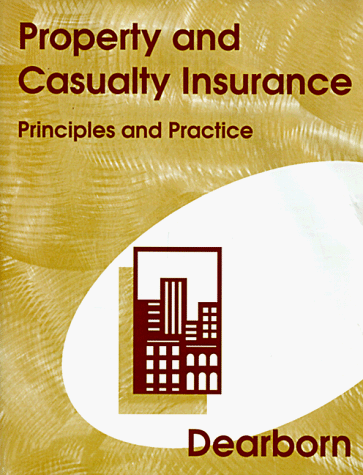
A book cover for Property & Casualty Insurance: Principles and Practice; Dearborn Financial Institute; Business & Money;